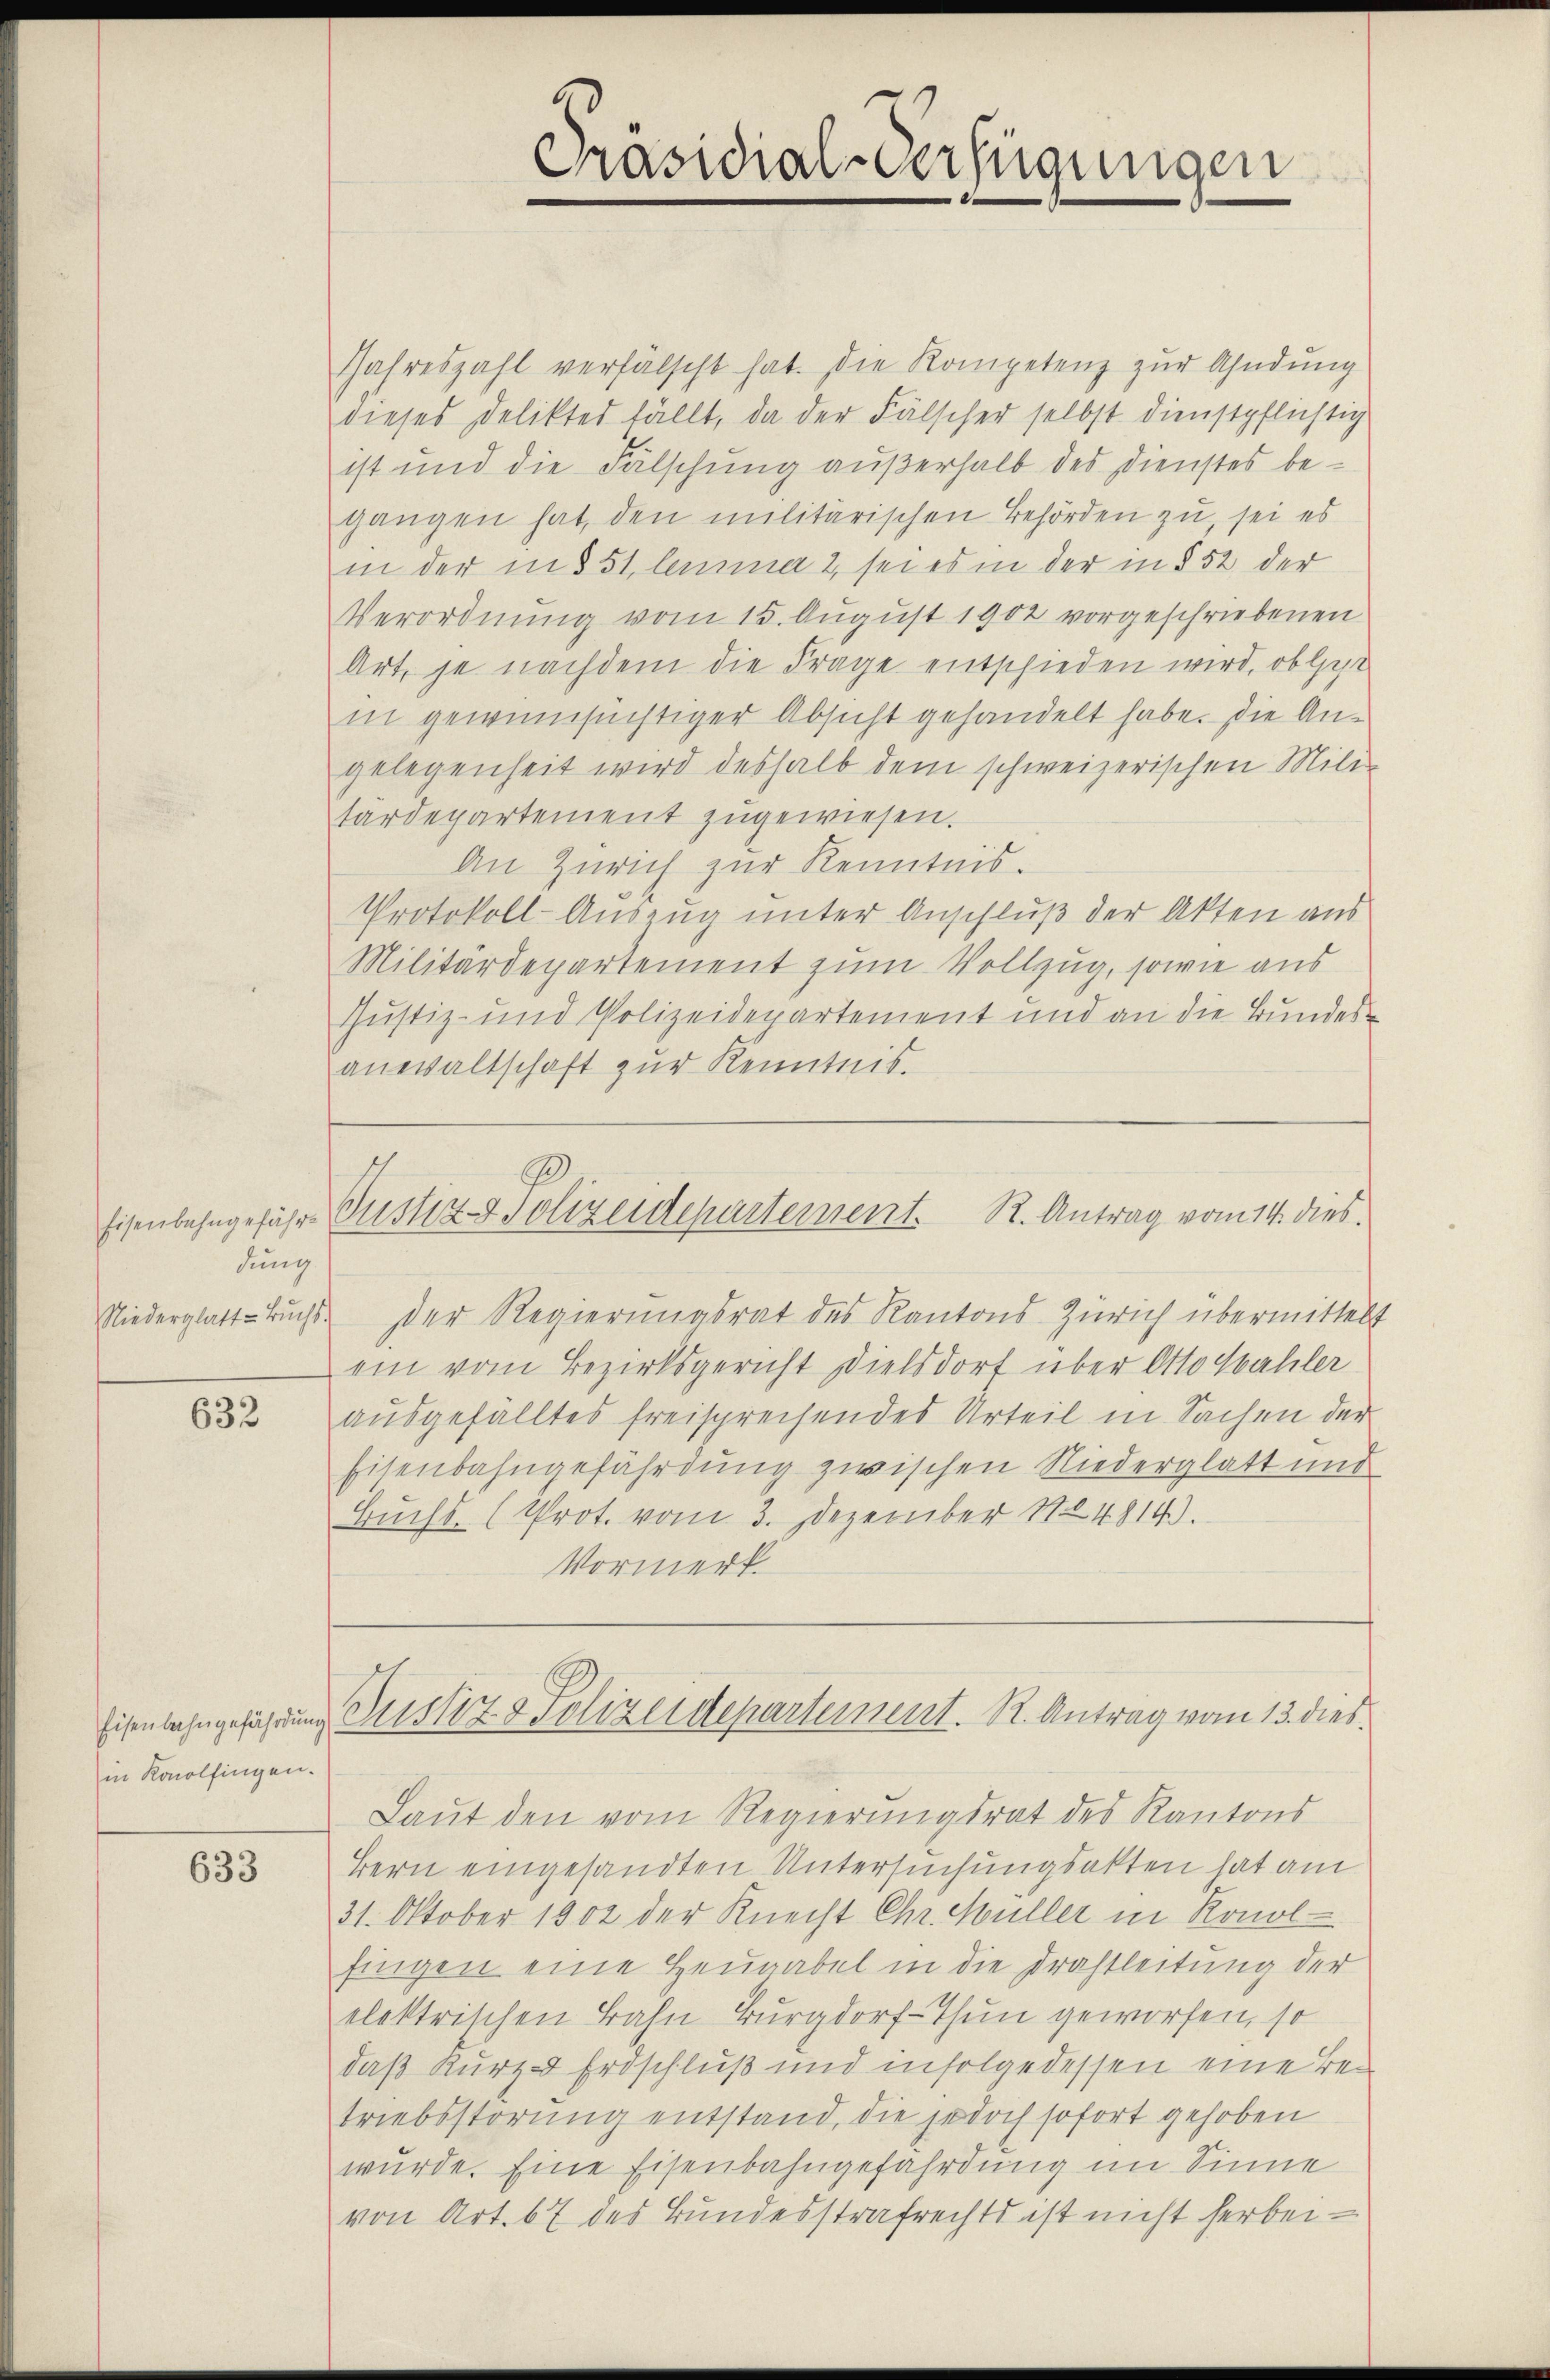
dung
Niederglatt - Buch

632

in Konolfingen.

633

Präsidial-Verfügungen

Jahreszahl verfälscht hat. Die Kompetenz zŭr Ahndŭng
dieses Delikte fällt, da der Fälscher selbst dienstpflichtig
ist und die Fälschung außerhalb des Dienstes begangen hat, den militärischen Behörden zu, sei es
in der und 51 lemma 2, sei es in der in § 52 der
Verordnung vom 15. August 1902 vorgeschriebenen
Art, je nachdem die Frage entschieden wird, ob let
in gewinnsüchtiger Absicht gehandelt habe. Die Angelegenheit wird deshalb dem schweizerischen Mili
tärdepartement zugewiesen.
An Zürich zur Kenntnis.
Protokoll-Auszug unter Anschluß der Akten aus
Militärdepartement zum Vollzug, sowie aus
Justiz- und Polizeidepartement und an die Bundesanwaltschaft zur Kenntnis.

dDer Regierungsrat des Kantons Zürich übermittelt
ein vom Bezirksgericht Dielsdorf über Otto Wahler
ausgefälltes freisprechendes Urteil in Sachen der
Eisenbahngefährdung zwischen Niederglatt und
Buchs. (Prot. vom 3. Dezember 1824814).
Vormerk.

Eisenbahngeführ Justiz- & Polizeidepartement. R. Antrag vom 14. dies.

Eisenbahngeführung Justiz & Polizeidepartement. R. Antrag vom 13. dies

Laut den vom Regierungsrat des Kantons
Bern eingesandten Untersuchungsakten hat am
31. Oktober 1802 der Knecht Chr. Müller in Ronol
fingen eine Heugabel in die Drahtleitung der
elektrischen Bahn Burgdorf-Thun geworfen, so
daß Kurz - Erdschluß und infolgedessen eine Betriebsstörung entstand, die jedoch sofort gehoben
wurde. Eine Eisenbahngefährdung im Sinne
von Art. 67 des Bundesstrafrechts ist nicht herbei¬